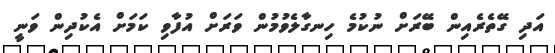
އަދި ގޭތެރެއިން ބޭރަށް ނުކުމެ ހިނގާލެވުމުން ވަރަށް އުފާވި ކަމަށް އެކުދިން ވަނީ